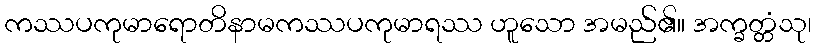
ကဿပကုမာရောတိနာမကဿပကုမာရဿ ဟူသော အမည်၏။ အက္ခတ္တံသု၊